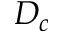
D _ { c }